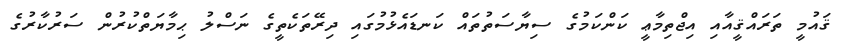
ޤައުމީ ތަރައްޤީއާއި އިޖްތިމާޢީ ކަންކަމުގެ ސިޔާސަތުތައް ކަނޑައެޅުމުގައި ދިރޭތަކެތީގެ ނަސްލު ޙިމާޔަތްކުރުން ސަރުކާރުގެ